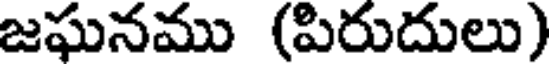
జఘనము (పిరుదులు)